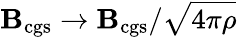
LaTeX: {\mathbf B}_{\mathrm{cgs}}\rightarrow{\mathbf B}_{\mathrm{cgs}}/\sqrt{4\pi\rho}